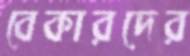
বেকারদের